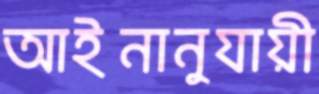
আইনানুযায়ী